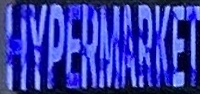
HYPERMARKET